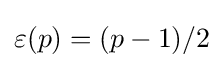
\varepsilon (p)=(p-1)/2